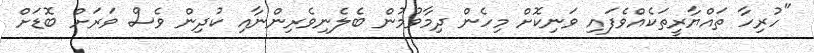
"ހުރިހާ ތައްޔާރީތަކެއްވެފައި ވަނިކޮށް މިހެން ދިމާވުމުން ބެލެނިވެރިންނާއި ކުދިން ވެސް ވަރަށް ބޮޑަށް